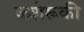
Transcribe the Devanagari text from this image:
कशेरूकी